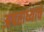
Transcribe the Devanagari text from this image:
अपराध्याचे